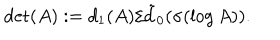
\det ( A ) : = d _ { 1 } ( A ) / \tilde { d } _ { 0 } ( \sigma ( \log A ) ) .